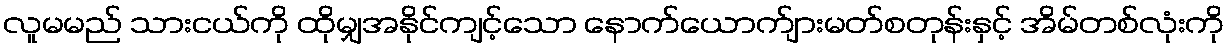
လူမမည် သားငယ်ကို ထိုမျှအနိုင်ကျင့်သော နောက်ယောက်ျားမတ်စတုန်းနှင့် အိမ်တစ်လုံးကို